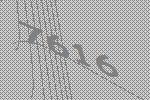
7616